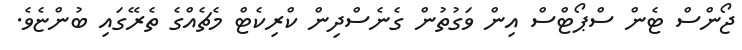
ޖޯންސް ޓެން ސްޕޯޓްސް އިން ވަގުތުން ގެނެސްދިން ކްރިކެޓް މެޗެއްގެ ތެރޭގައި ބުންޏެވެ.